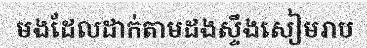
មងដែលដាក់តាមដងស្ទឹងសៀមរាប